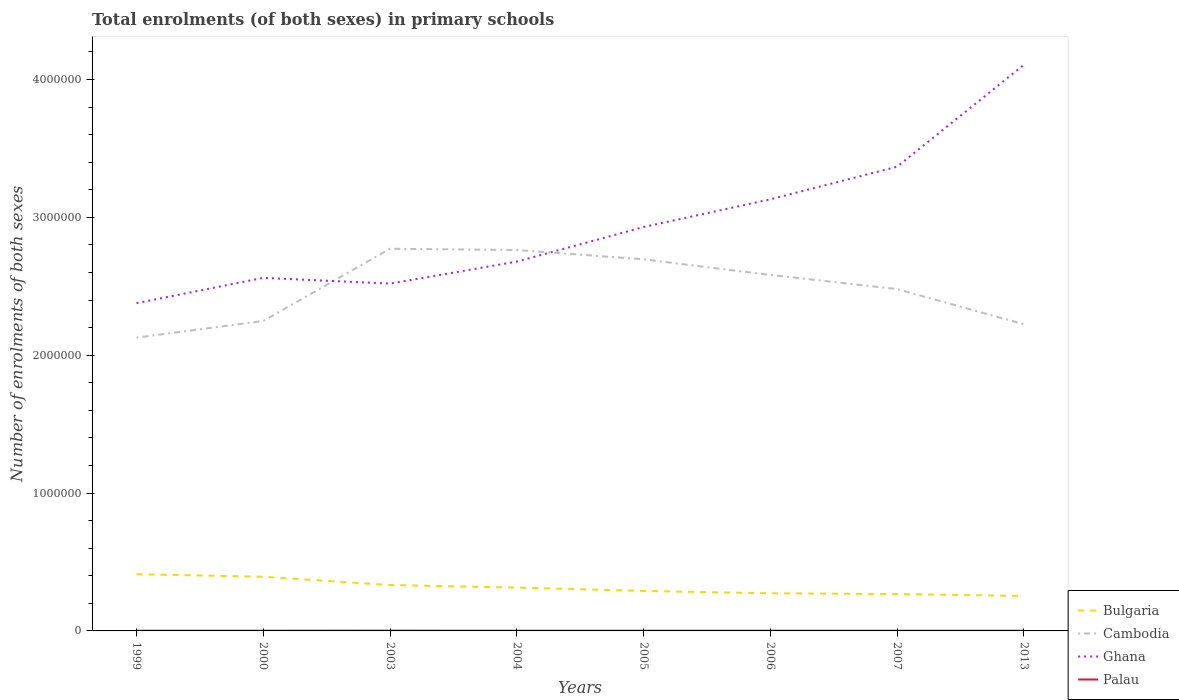
| Years | Bulgaria | Cambodia | Ghana | Palau |
 | --- | --- | --- | --- | --- |
 | 1999 | 4.12e+05 | 2.13e+06 | 2.38e+06 | 1.9e+03 |
 | 2000 | 3.93e+05 | 2.25e+06 | 2.56e+06 | 1.94e+03 |
 | 2003 | 3.33e+05 | 2.77e+06 | 2.52e+06 | 1.98e+03 |
 | 2004 | 3.14e+05 | 2.76e+06 | 2.68e+06 | 1.86e+03 |
 | 2005 | 2.9e+05 | 2.7e+06 | 2.93e+06 | 1.80e+03 |
 | 2006 | 2.73e+05 | 2.58e+06 | 3.13e+06 | 1.66e+03 |
 | 2007 | 2.68e+05 | 2.48e+06 | 3.37e+06 | 1.54e+03 |
 | 2013 | 2.54e+05 | 2.22e+06 | 4.11e+06 | 1.65e+03 |